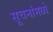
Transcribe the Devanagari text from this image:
सूचनांमध्ये